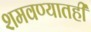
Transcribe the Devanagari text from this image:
शमवण्यातही